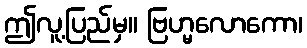
ဤလူ့ပြည်မှ။ ဗြဟ္မလောကော၊